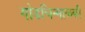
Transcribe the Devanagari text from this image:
गोडचिन्माळकी